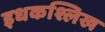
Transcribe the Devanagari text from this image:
इधकश्लिख